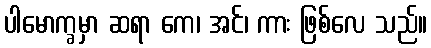
ပါမောက္ခမှာ ဆရာ ကေ၊ အင်၊ ကား ဖြစ်လေ သည်။